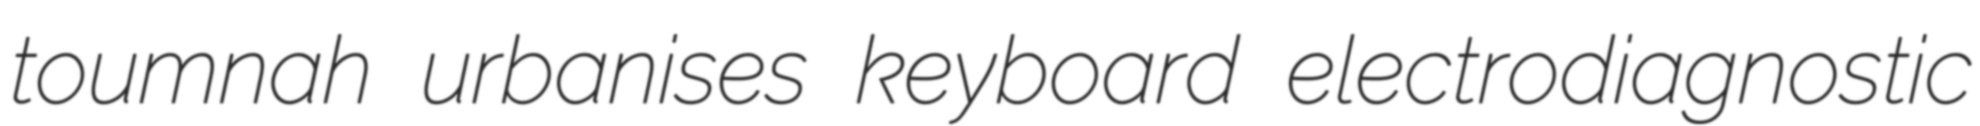
toumnah urbanises keyboard electrodiagnostic